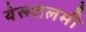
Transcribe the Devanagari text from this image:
येरूशलमी